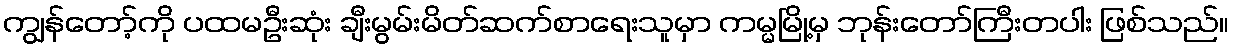
ကျွန်တော့်ကို ပထမဦးဆုံး ချီးမွမ်းမိတ်ဆက်စာရေးသူမှာ ကမ္မမြို့မှ ဘုန်းတော်ကြီးတပါး ဖြစ်သည်။